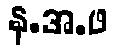
န.အ.ဖ